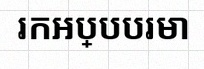
រកអប្បបរមា